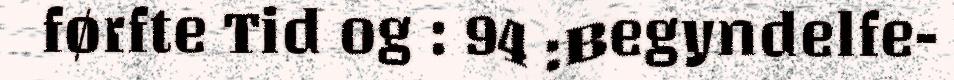
førfte Tid og : 94 :Begyndelfe-